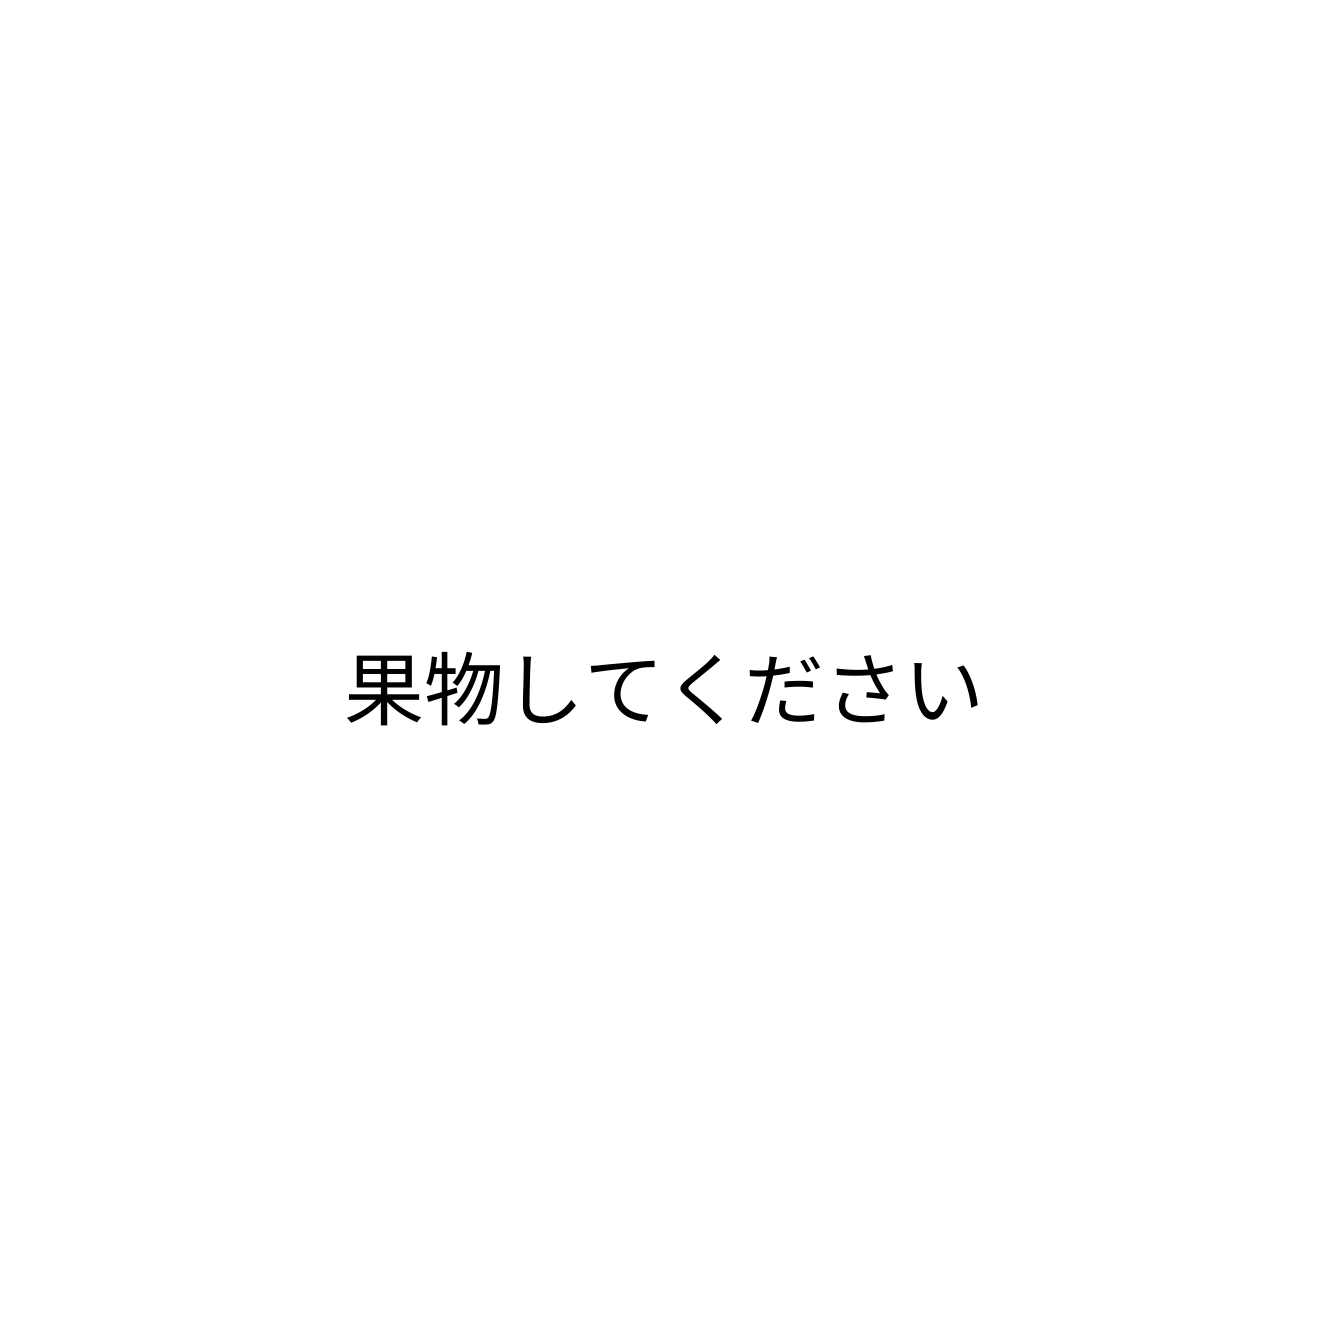
果物してください